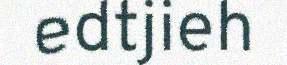
edtjieh